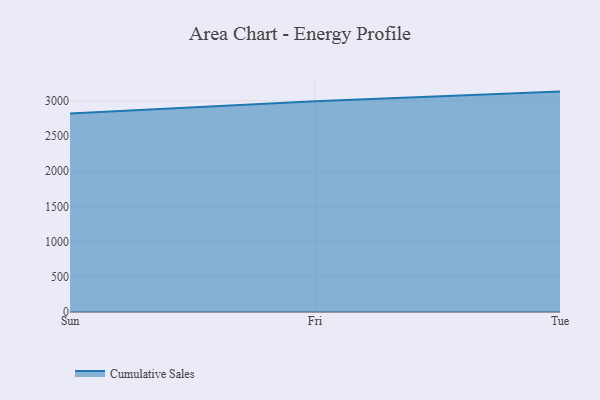
{"axis": {"x": "Day", "y": "Website Visitors"}, "legend": ["Cumulative Sales"], "data": [{"x": "Sun", "y": 2822.6, "type": "Cumulative Sales"}, {"x": "Fri", "y": 2995.3, "type": "Cumulative Sales"}, {"x": "Tue", "y": 3132.2, "type": "Cumulative Sales"}]}